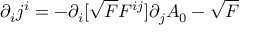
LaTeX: \partial _ { i } j ^ { i } = - \partial _ { i } [ \sqrt { F } F ^ { i j } ] \partial _ { j } A _ { 0 } - \sqrt { F }